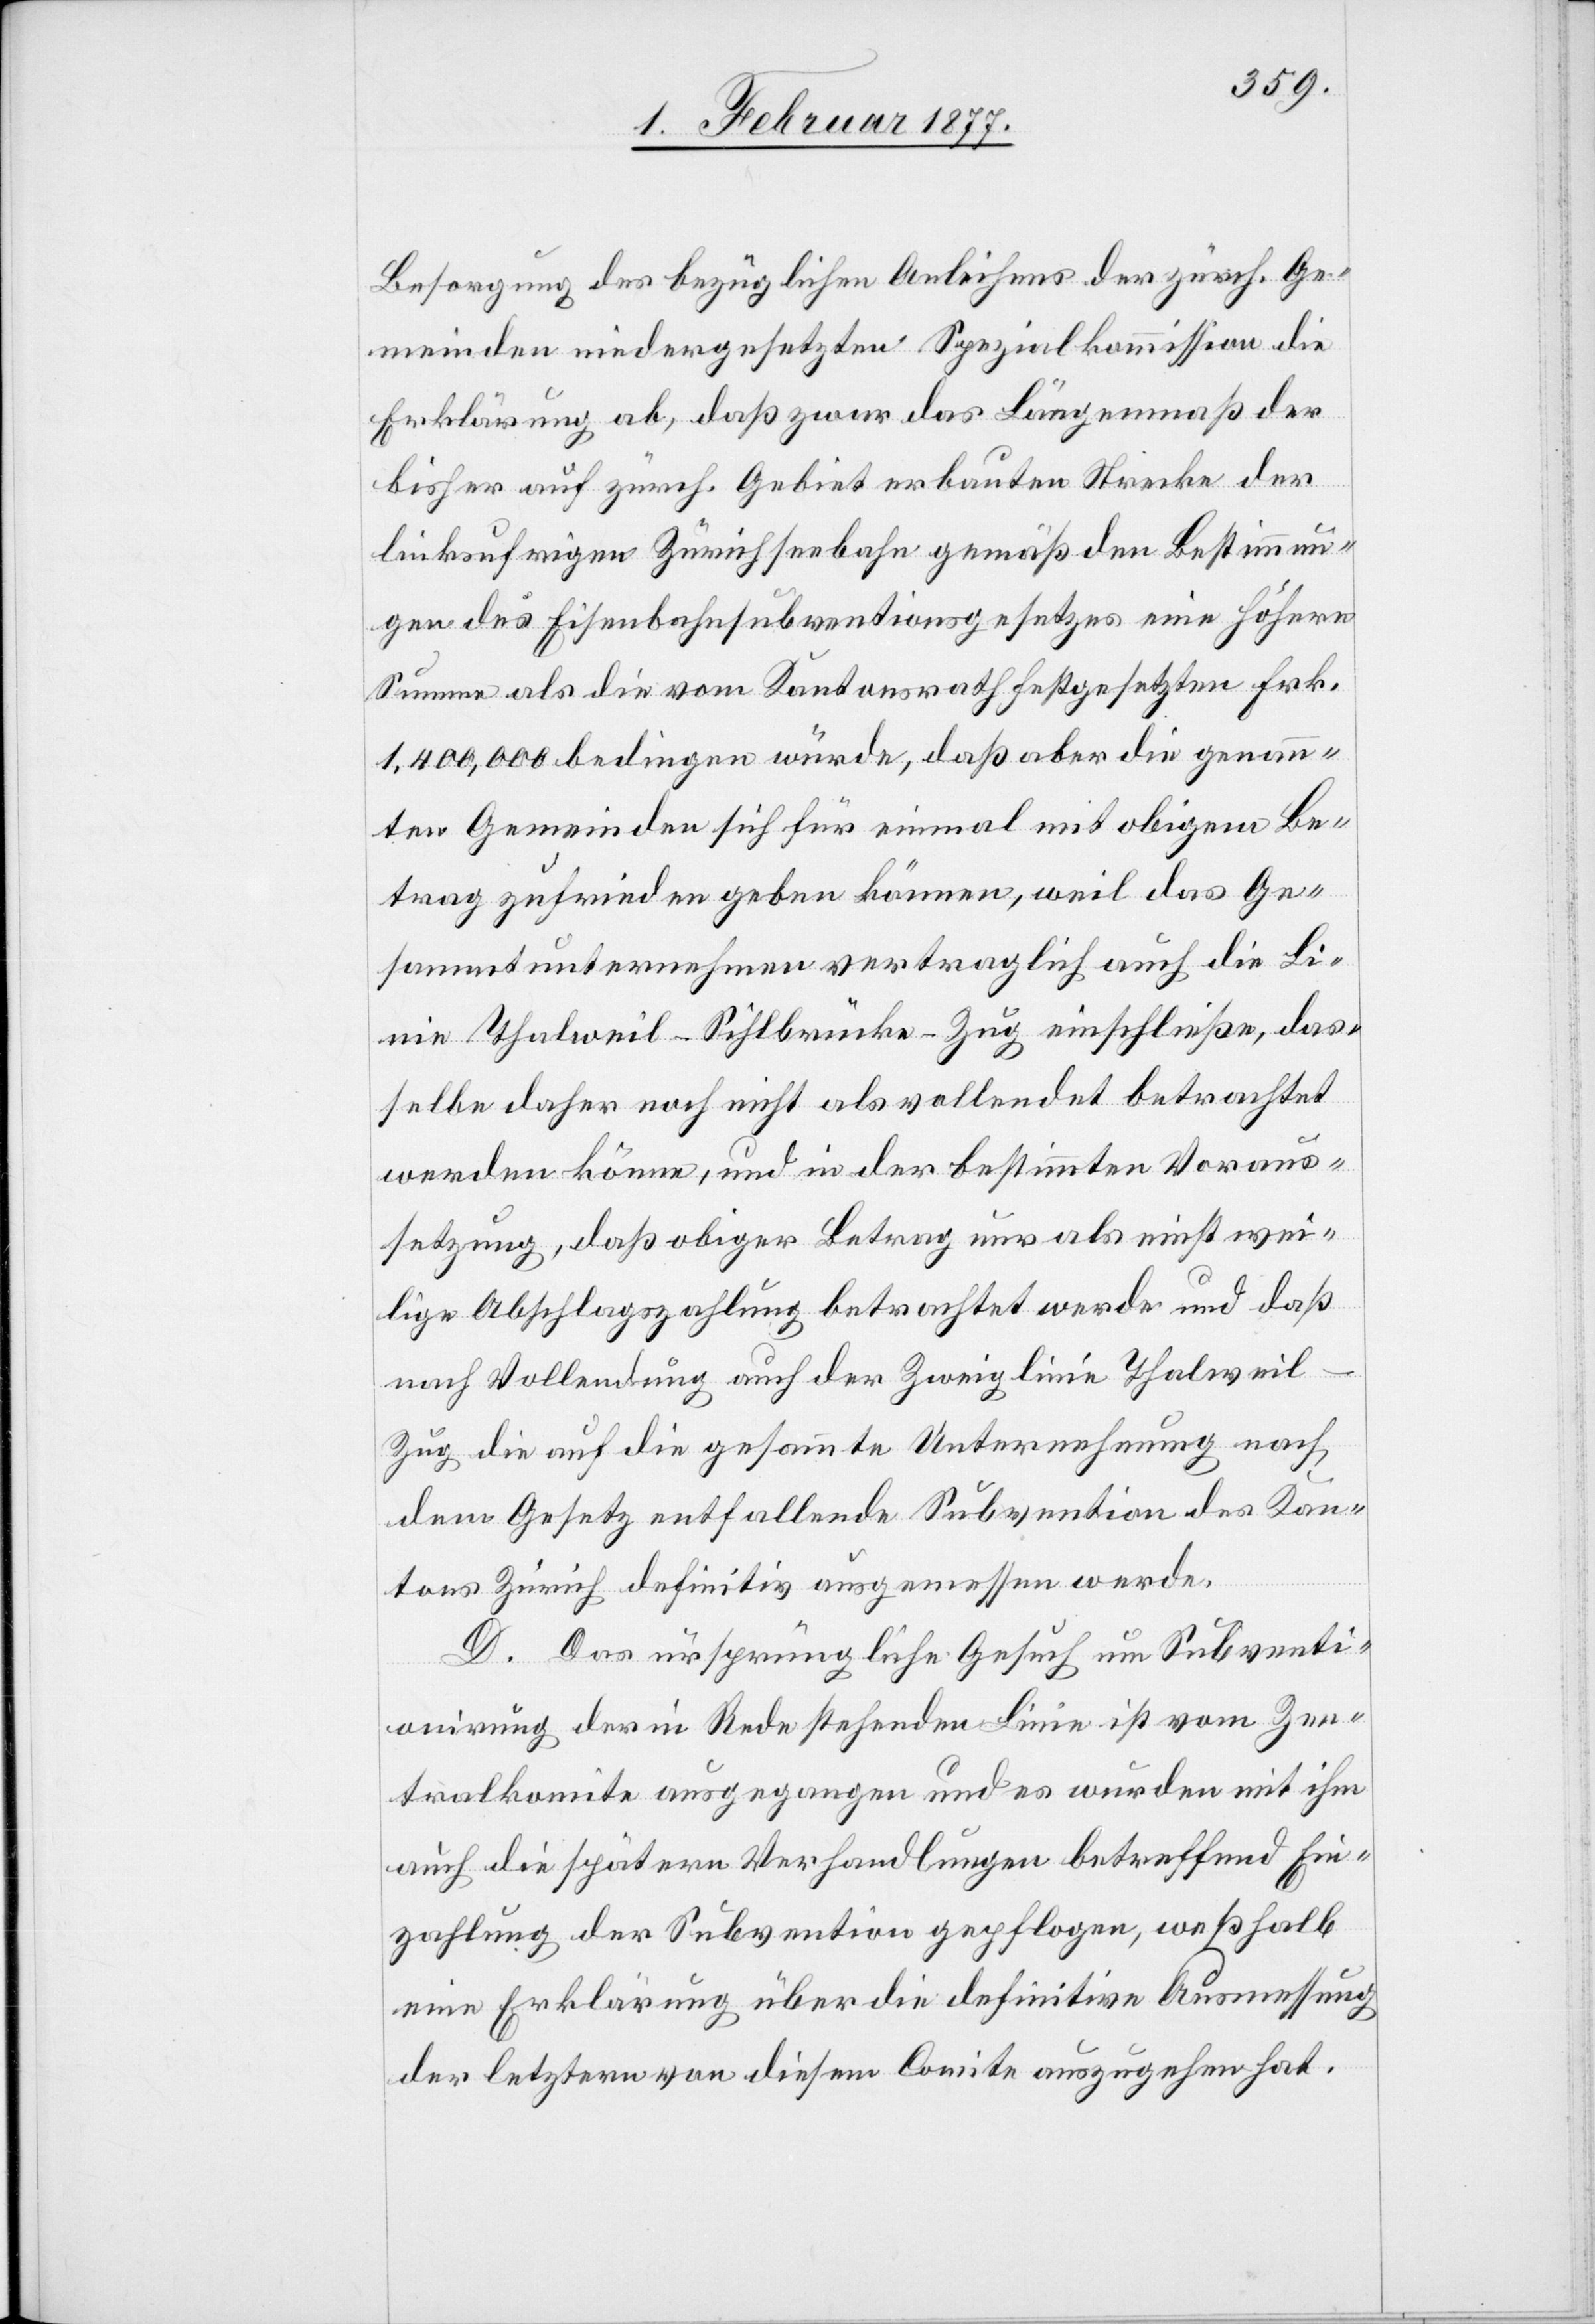
Besorgung des bezüglichen Anleihens der zürch. Ge¬
meinden niedergesetzten Spezialkommission die
Erklärung ab, daß zwar das Längenmaß der
bisher auf zürch. Gebiet erbauten Strecke der
linksufrigen Zürichseebahn gemäß den Bestimmun¬
gen des Eisenbahnsubventionsgesetzes eine höhere
Summe als die vom Kantonsrath festgesetzten Frk.
1,400,000 bedingen würde, daß aber die genann¬
ten Gemeinden sich für einmal mit obigem Be¬
trag zufrieden geben können, weil das Ge¬
sammtunternehmen vertraglich auch die Li¬
nie Thalweil–Sihlbrücke–Zug einschließe, das¬
selbe daher noch nicht als vollendet betrachtet
werden könne, und in der bestimmten Voraus¬
setzung, daß obiger Betrag nur als einstwei¬
lige Abschlagszahlung betrachtet werde und daß
nach Vollendung auch der Zweiglinie Thalweil–Z¬
ug die auf die gesammte Unternehmung nach
dem Gesetz entfallende Subvention des Kan¬
tons Zürich definitiv ausgemessen werde.
D. Das ursprüngliche Gesuch um Subventi¬
onirung der in Rede stehenden Linie ist vom Zen¬
tralkomite [sic!] ausgegangen und es wurden mit ihm
auch die spätern Verhandlungen betreffend Ein¬
zahlung der Subvention gepflogen, weßhalb
eine Erklärung über die definitive Ausmessung
der letztern von diesem Comite auszugehen hat.